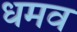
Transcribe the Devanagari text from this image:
धमव